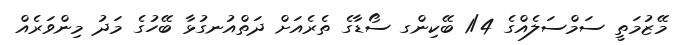
މޭޒުމަތީ ސަމްސަލެއްގެ 1/4 ބޭކިންގ ސޯޑާގެ ތެރެއަށް ދަތްއުނގުޅާ ބޭހުގެ މަދު މިންވަރެއް